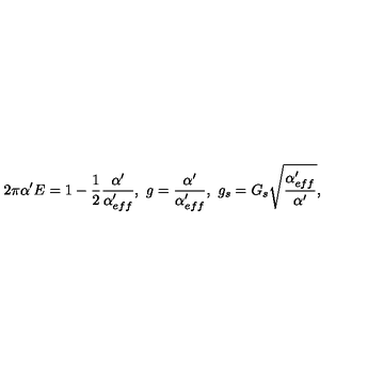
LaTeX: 2 \pi \alpha ^ { \prime } E = 1 - \frac { 1 } { 2 } \frac { \alpha ^ { \prime } } { \alpha _ { e f f } ^ { \prime } } , \ g = \frac { \alpha ^ { \prime } } { \alpha _ { e f f } ^ { \prime } } , \ g _ { s } = G _ { s } \sqrt { \frac { \alpha _ { e f f } ^ { \prime } } { \alpha ^ { \prime } } } ,